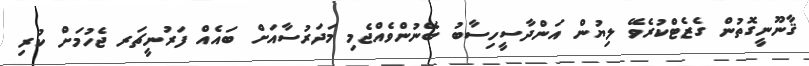
ޤާނޫނީގޮތުން ގެޒެޓްކުރެވޭ ލިޔުން އަންދާސީހިސާބު ބޭނުންވެއްޖެމި މަދަރުސާއަށް ބައެއް ފަރުނީޗަރ ޖެހުމަށް ކުރި